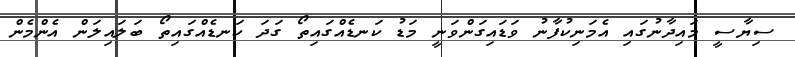
ސިޔާސީ މައިދާނުގައި އެމަނިކުފާނު ވަޑައިގަންވަނީ މަޑު ކަނޑެއްގައިތޯ ގަދަ ކަނޑެއްގައިތޯ ބަލައިލަން އެންމެން